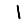
Digit: 1